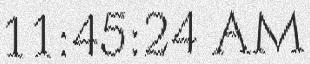
11:45:24 AM